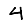
Digit: 4